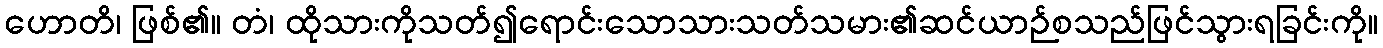
ဟောတိ၊ ဖြစ်၏။ တံ၊ ထိုသားကိုသတ်၍ရောင်းသောသားသတ်သမား၏ဆင်ယာဉ်စသည်ဖြင်သွားရခြင်းကို။